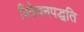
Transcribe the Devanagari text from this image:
विवेचनपद्धति